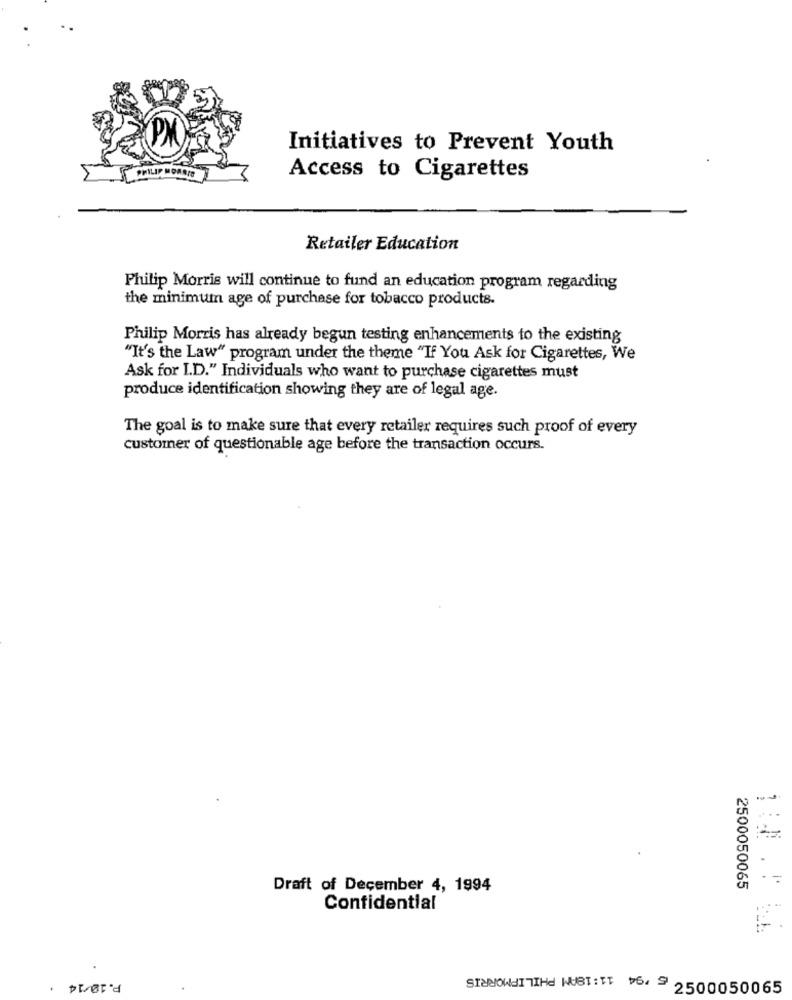
Initiatives to Prevent Youth
Access to Cigarettes
Retailer Education
Philip Morris will continue to fund an education program regarding
the minimum age of purchase for tobacco products.
Philip Morris has already begun testing enhancements to the existing
"It's the Law" program under the theme "If You Ask for Cigarettes, We
Ask for I.D." Individuals who want to purchase cigarettes must
produce identification showing they are of legal age.
The goal is to make sure that every retailer requires such proof of every
customer of questionable age before the transaction occurs.
...
-
Draft of December 4, 1994
2500050065
Confidential
P.10/14
.
STANOWITHE KUST: TT >6 9 2500050065